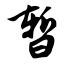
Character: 暂